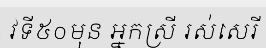
វទី៥០មុន អ្នកស្រី រស់សេរី